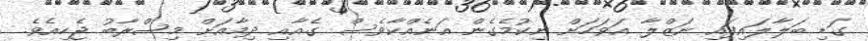
ގަޑި ބަލާލައިފައި ނަޒްލާ އަވަހަށް ނިކުމެގެން އަނެއްކާވެސް ގެއާއި ދިމާއަށް މިސްރާބު ޖެހިއެވެ.